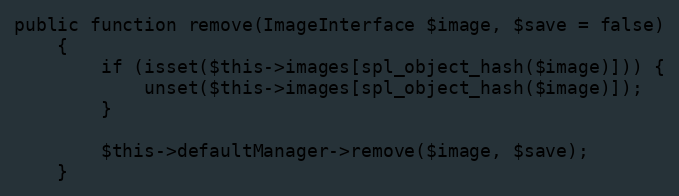
Language: PHP
public function remove(ImageInterface $image, $save = false)
    {
        if (isset($this->images[spl_object_hash($image)])) {
            unset($this->images[spl_object_hash($image)]);
        }

        $this->defaultManager->remove($image, $save);
    }